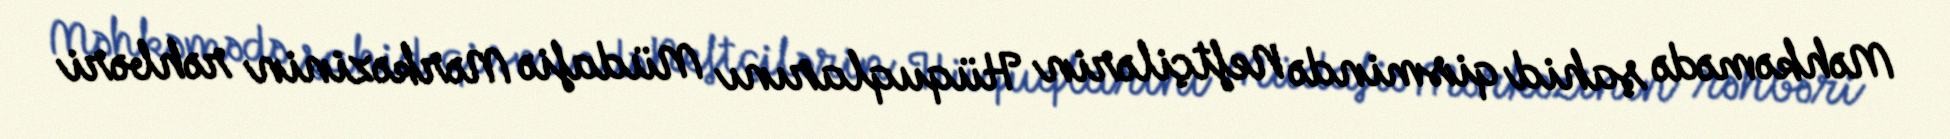
Məhkəmədə şahid qismində Neftçilərin Hüquqlarını Müdafiə Mərkəzinin rəhbəri